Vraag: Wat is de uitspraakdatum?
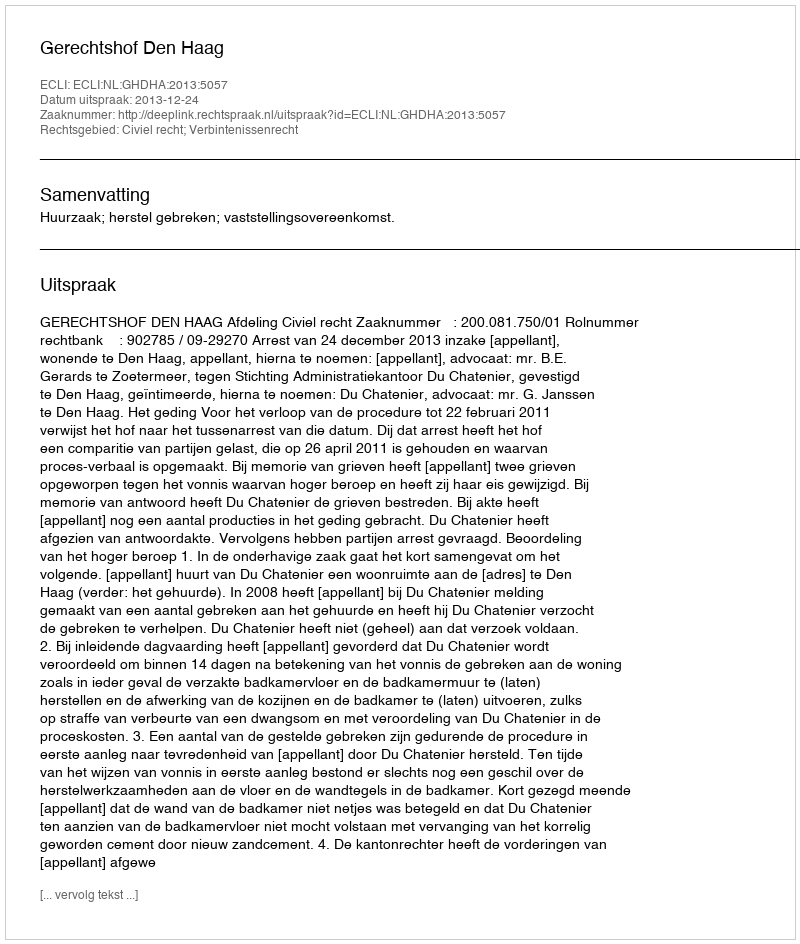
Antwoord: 2013-12-24